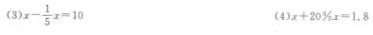
$$x - \frac { 1 } { 5 } x = 1 0$$ (4)$$x + 2 0 % x = 1 . 8$$